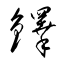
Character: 鐸